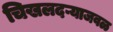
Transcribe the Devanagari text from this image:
चिखलदऱ्याजवळ